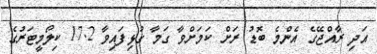
އަދި ރާއްޖޭގެ އެންމެ ބޮޑު ރަށް ކަމަށްވާ ގަމާ ގުޅިފައިވާ 17.2 ކިލޯމީޓަރުގެ